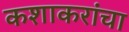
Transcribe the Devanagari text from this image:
कशाकरांचा